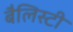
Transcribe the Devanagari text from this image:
बैलिस्टी